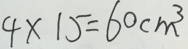
4 \times 1 5 = 6 0 c m ^ { 3 }